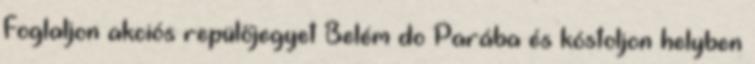
Foglaljon akciós repülőjegyet Belém do Parába és kóstoljon helyben